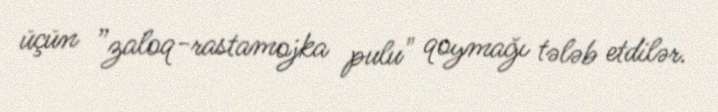
üçün ”zaloq-rastamojka pulu" qoymağı tələb etdilər.